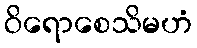
ဝိရောစေသိမဟံ